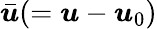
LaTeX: {\bar{\boldsymbol{u}}}(={\boldsymbol{u}}-{\boldsymbol{u}}_{0})